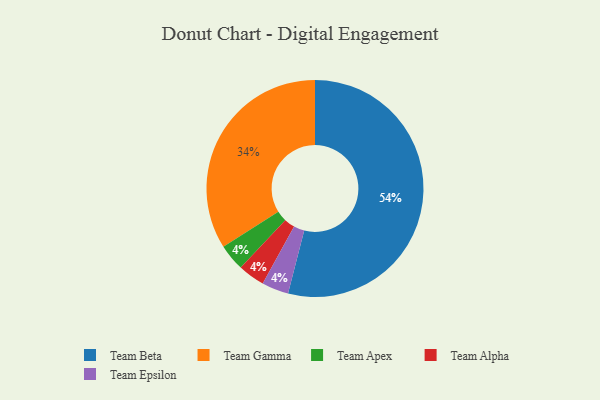
{"axis": {"x": "Category", "y": "Percentage"}, "legend": ["Team Alpha", "Team Apex", "Team Beta", "Team Epsilon", "Team Gamma"], "data": [{"x": "Team Beta", "y": 54, "type": "Team Beta"}, {"x": "Team Apex", "y": 4, "type": "Team Apex"}, {"x": "Team Gamma", "y": 34, "type": "Team Gamma"}, {"x": "Team Alpha", "y": 4, "type": "Team Alpha"}, {"x": "Team Epsilon", "y": 4, "type": "Team Epsilon"}]}